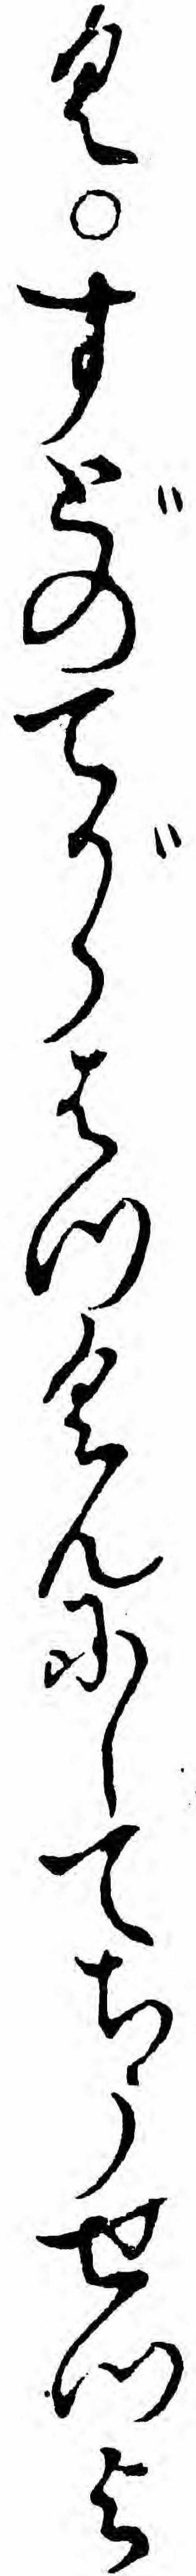
くすどのてがらはつくんにしてちうせつよ